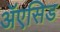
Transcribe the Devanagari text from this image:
ॲएसिड